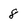
Character: 8